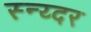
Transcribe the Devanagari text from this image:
स्न्य्दर